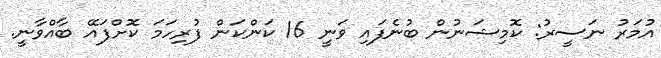
އުމަރު ނަސީރު: ކޮމިޝަނުން ބުނެފައި ވަނީ 16 ކަންކަން ފުރިހަމަ ކޮށްފައޭ ބާއްވާނީ.